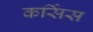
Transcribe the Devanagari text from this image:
कर्सिस